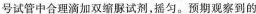
号试管中合理滴加双缩脲试剂，摇匀。预期观察到的